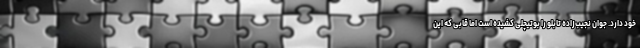
خود دارد. جوان نجیب‌زادهِ تابلو را بوتیچلی کشیده است اما قابی که این